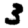
Digit: 3